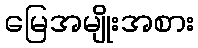
မြေအမျိုးအစား